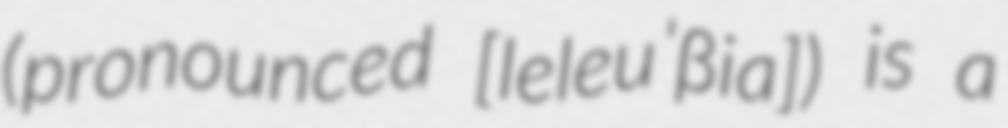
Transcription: (pronounced [leleuˈβia]) is a